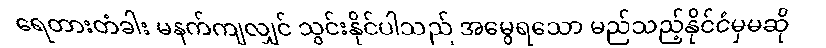
ရေတားတံခါး မနက်ကျလျှင် သွင်းနိုင်ပါသည် အမွေရသော မည်သည့်နိုင်ငံမှမဆို